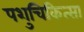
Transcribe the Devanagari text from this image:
पशुचिकित्‍सा